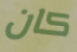
كان